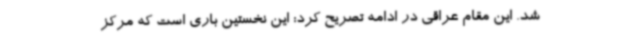
شد. این مقام عراقی در ادامه تصریح کرد: این نخستین باری است که مرکز